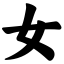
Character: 女